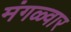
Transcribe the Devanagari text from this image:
मंगळ्वार